Report of the Indian Hemp Drugs Commission, 1894-1895 - Volume V
Year: 1894
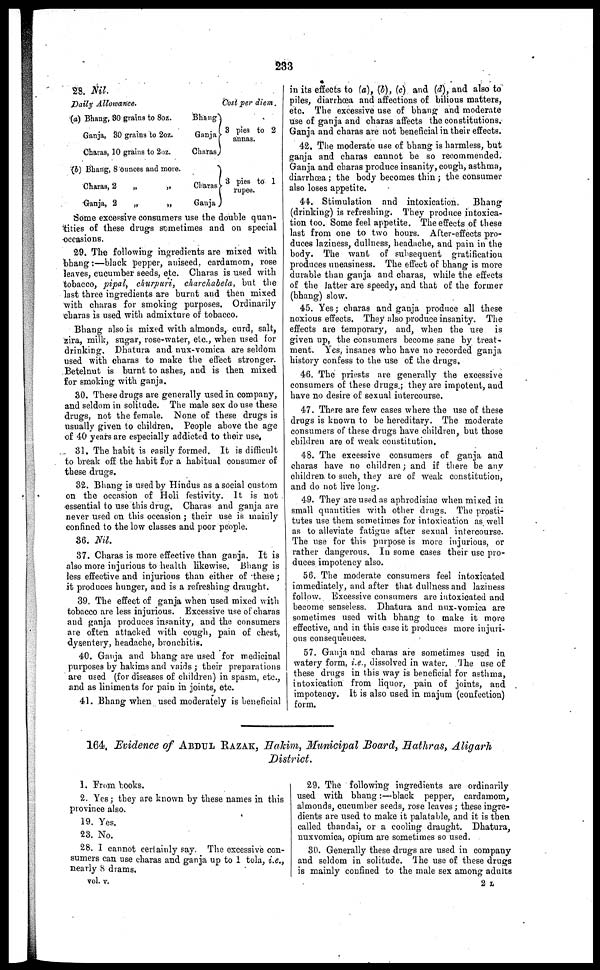
233
28. Nil.
Daily Allowance.
(a) Bhang, 80 grains to 8oz.
Ganja, 30 grains to 2oz.
Charas, 10 grains to 2oz.
(b) Bhang, 8 ounces and more.
Charas, 2
„
„
Ganja, 2
„
„
Bhang
Ganja
Charas
Charas
Ganja
Cost per diem.
3 pies to 2
annas.
3 pies to 1
rupee.
Some excessive consumers use the double quan-
tities of these drugs sometimes and on special
occasions.
29. The following ingredients are mixed with
bhang :—black pepper, aniseed, cardamom, rose
leaves, cucumber seeds, etc. Charas is used with
tobacco, pipal, churpuri, charchabela, but the
last three ingredients are burnt and then mixed
with charas for smoking purposes. Ordinarily
charas is used with admixture of tobacco.
Bhang also is mixed with almonds, curd, salt,
zira, milk, sugar, rose-water, etc., when used for
drinking. Dhatura and nux-vomica are seldom
used with charas to make the effect stronger.
Betelnut is burnt to ashes, and is then mixed
for smoking with ganja.
30. These drugs are generally used in company,
and seldom in solitude. The male sex do use these
drugs, not the female. None of these drugs is
usually given to children. People above the age
of 40 years are especially addicted to their use,
31. The habit is easily formed. It is difficult
to break off the habit for a habitual consumer of
these drugs.
32. Bhang is used by Hindus as a social custom
on the occasion of Holi festivity. It is not
essential to use this drug. Charas and ganja are
never used on this occasion ; their use is mainly
confined to the low classes and poor people.
36. Nil.
37. Charas is more effective than ganja. It is
also more injurious to health likewise. Bhang is
less effective and injurious than either of these ;
it produces hunger, and is a refreshing draught.
39. The effect of ganja when used mixed with
tobacco are less injurious. Excessive use of charas
and ganja produces insanity, and the consumers
are often attacked with cough, pain of chest,
dysentery, headache, bronchitis.
40. Ganja and bhang are used for medicinal
purposes by hakims and vaids ; their preparations
are used (for diseases of children) in spasm, etc.,
and as liniments for pain in joints, etc.
41. Bhang when used moderately is beneficial
in its effects to (a), (b), (c) and (d), and also to
piles, diarrhœa and affections of bilious matters,
etc. The excessive use of bhang and moderate
use of ganja and charas affects the constitutions.
Ganja and charas are not beneficial in their effects.
42. The moderate use of bhang is harmless, but
ganja and charas cannot be so recommended.
Ganja and charas produce insanity, cough, asthma,
diarrhœa ; the body becomes thin ; the consumer
also loses appetite.
44. Stimulation and intoxication.
Bhang
(drinking) is refreshing. They produce intoxica-
tion too. Some feel appetite. The effects of these
last from one to two hours. After-effects pro-
duces laziness, dullness, headache, and pain in the
body. The want of subsequent gratification
produces uneasiness. The effect of bhang is more
durable than ganja and charas, while the effects
of the latter are speedy, and that of the former
(bhang) slow.
45. Yes ; charas and ganja produce all these
noxious effects. They also produce insanity. The
effects are temporary, and, when the use is
given up, the consumers become sane by treat-
ment. Yes, insanes who have no recorded ganja
history confess to the use of the drugs.
46. The priests are generally the excessive
consumers of these drugs ; they are impotent, and
have no desire of sexual intercourse.
47. There are few cases where the use of these
drugs is known to be hereditary. The moderate
consumers of these drugs have children, but those
children are of weak constitution.
48. The excessive consumers of ganja and
charas have no children; and if there be any
children to such, they are of weak constitution,
and do not live long.
49. They are used as aphrodisiac when mixed in
small quantities with other drugs. The prosti-
tutes use them sometimes for intoxication as well
as to alleviate fatigue after sexual intercourse.
The use for this purpose is more injurious, or
rather dangerous. In some eases their use pro-
duces impotency also.
56. The moderate consumers feel intoxicated
immediately, and after that dullness and laziness
follow. Excessive consumers are intoxicated and
become senseless. Dhatura and nux-vomica are
sometimes used with bhang to make it move
effective, and in this case it produces more injuri-
ous consequences.
57. Ganja and charas are sometimes used in
watery form, i.e., dissolved in water. The use of
these drugs in this way is beneficial for asthma,
intoxication from liquor, pain of joints, and
impotency. It is also used in majum (confection)
form.
164, Evidence of ABDUL RAZAK, Hakim, Municipal Board, Hathras, Aligarh
District.
1. From books.
2. Yes ; they are known by these names in this
province also.
19. Yes.
23. No.
28. I cannot certainly say. The excessive con-
sumers can use charas and ganja up to 1 tola, i.e.,
nearly 8 drams.
29. The following ingredients are ordinarily
used with bhang :—black pepper, cardamom,
almonds, cucumber seeds, rose leaves ; these ingre-
dients are used to make it palatable, and it is then
called thandai, or a cooling draught. Dhatura,
nuxvomica, opium are sometimes so used.
30. Generally these drugs are used in company
and seldom in solitude. The use of these drugs
is mainly confined to the male sex among adults
vol. v.
2 L